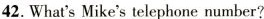
__ 42.What'sMike's telephone number?